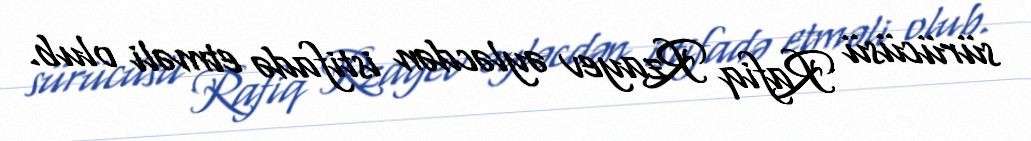
sürücüsü Rafiq Rzayev əyləcdən istifadə etməli olub.